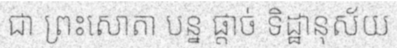
ជា ព្រះសោតា បន្ន ផ្តាច់ ទិដ្ឋានុស័យ